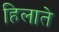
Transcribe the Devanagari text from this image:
हिलाते